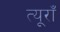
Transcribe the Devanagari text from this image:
त्यूराँ